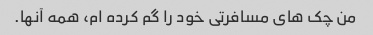
من چک های مسافرتی خود را گم کرده ام، همه آنها.